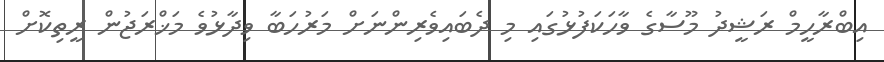
އިބްރާހީމް ރަޝީދު މޫސާގެ ވާހަކަފުޅުގައި މި ދެބައިވެރިންނަށް މަރުހަބާ ވިދާޅުވެ މަޚްރަޖުން ރީތިކޮށް